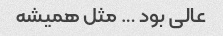
عالی بود … مثل همیشه